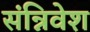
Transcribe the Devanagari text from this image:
संन्निवेश